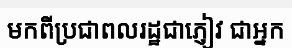
មកពីប្រជាពលរដ្ឋជាភ្ញៀវ ជាអ្នក